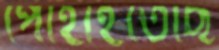
পোহাইতেছি